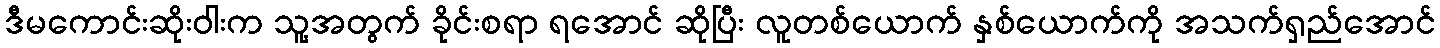
ဒီမကောင်းဆိုးဝါးက သူ့အတွက် ခိုင်းစရာ ရအောင် ဆိုပြီး လူတစ်ယောက် နှစ်ယောက်ကို အသက်ရှည်အောင်